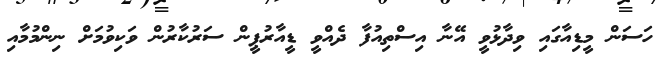
ހަސަން މީޑިއާގައި ވިދާޅުވީ އޭނާ އިސްތިއުފާ ދެއްވީ ޑީއާރުޕީން ސަރުކާރުން ވަކިވުމަށް ނިންމުމާއި